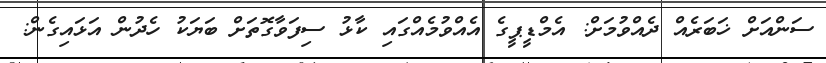
ސަންއަށް ޚަބަރެއް ދެއްވުމަށް: އެމްޑީޕީގެ އެއްވުމެއްގައި ކާޅު ސިފަވާގޮތަށް ބަޔަކު ހެދުން އަޅައިގެން: